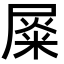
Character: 𡲴